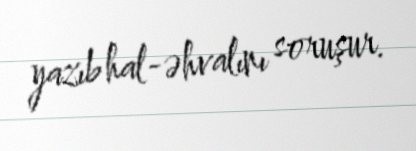
yazıb hal-əhvalını soruşur.